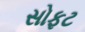
સોફટ